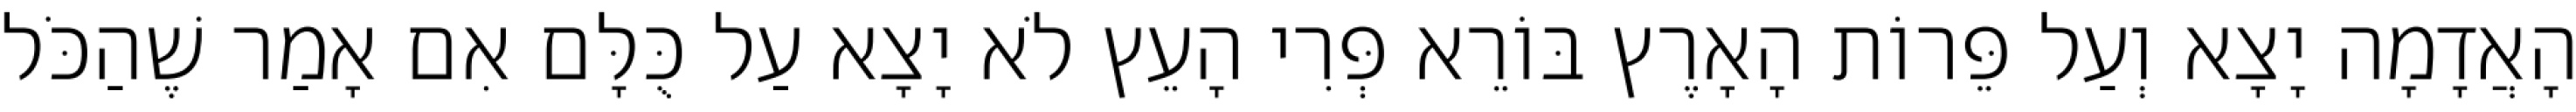
הָאֲדָמָה יָצָא וְעַל פֵּרוֹת הָאָרֶץ בּוֹרֵא פְּרִי הָעֵץ לֹא יָצָא עַל כֻּלָּם אִם אָמַר שֶׁהַכֹּל